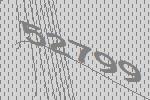
52799